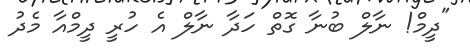
"ދީމް! ނާލް ބުނާ ގޮތް ހަދާ ނާލް އެ ހުރީ ދީމްއާ މެދު